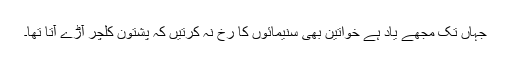
جہاں تک مجھے یاد ہے خواتین بھی سنیمائوں کا رخ نہ کرتیں کہ پشتون کلچر آڑے آتا تھا۔